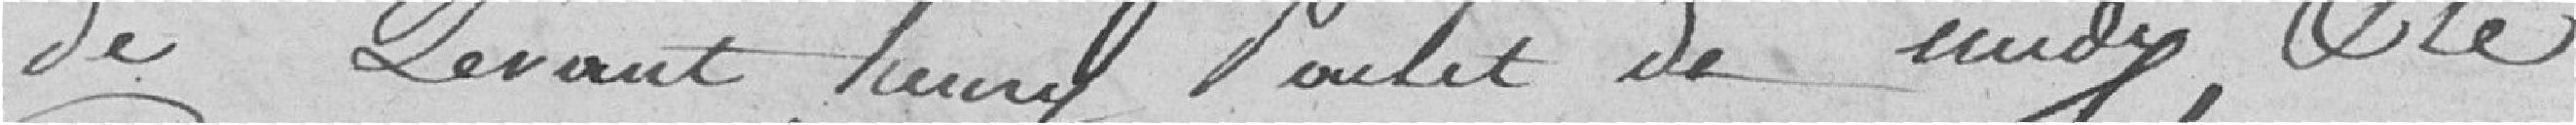
de levant, Henry Poulet de midy, et le